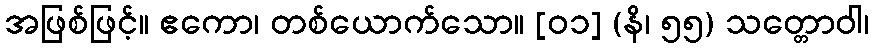
အဖြစ်ဖြင့်။ ဧကော၊ တစ်ယောက်သော။ [၀၁] (နိ၊ ၅၅) သတ္တောဝါ၊